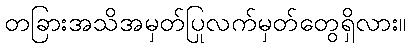
တခြားအသိအမှတ်ပြုလက်မှတ်တွေရှိလား။